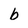
Character: b